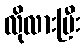
လိုလားပြီး